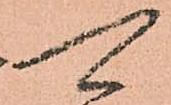
可